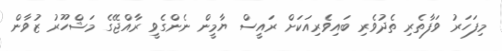
މިފަހަރު ވަފާތެރި ތެދުވެރި ބައިވެރިއަކަށް ރައީސް ޔާމީން ނެންގެވީ ރާއްޖޭގެ މަޝްހޫރު ޒުވާން